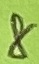
Text: 8